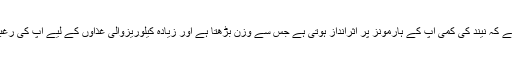
ڈاکٹروں کا کہنا ہے کہ نیند کی کمی آپ کے ہارمونز پر اثرانداز ہوتی ہے جس سے وزن بڑھتا ہے اور زیادہ کیلوریزوالی غذاؤں کے لیے آپ کی رغبت بڑھ جاتی ہے۔